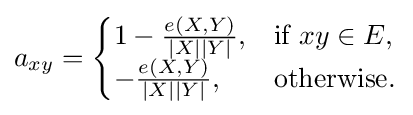
a_{xy}={\begin{cases}1-{\frac {e(X,Y)}{|X||Y|}},&{\text{if }}xy\in E,\\-{\frac {e(X,Y)}{|X||Y|}},&{\text{otherwise}}.\end{cases}}